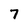
Character: 7